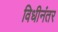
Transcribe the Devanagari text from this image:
विधीनंतर